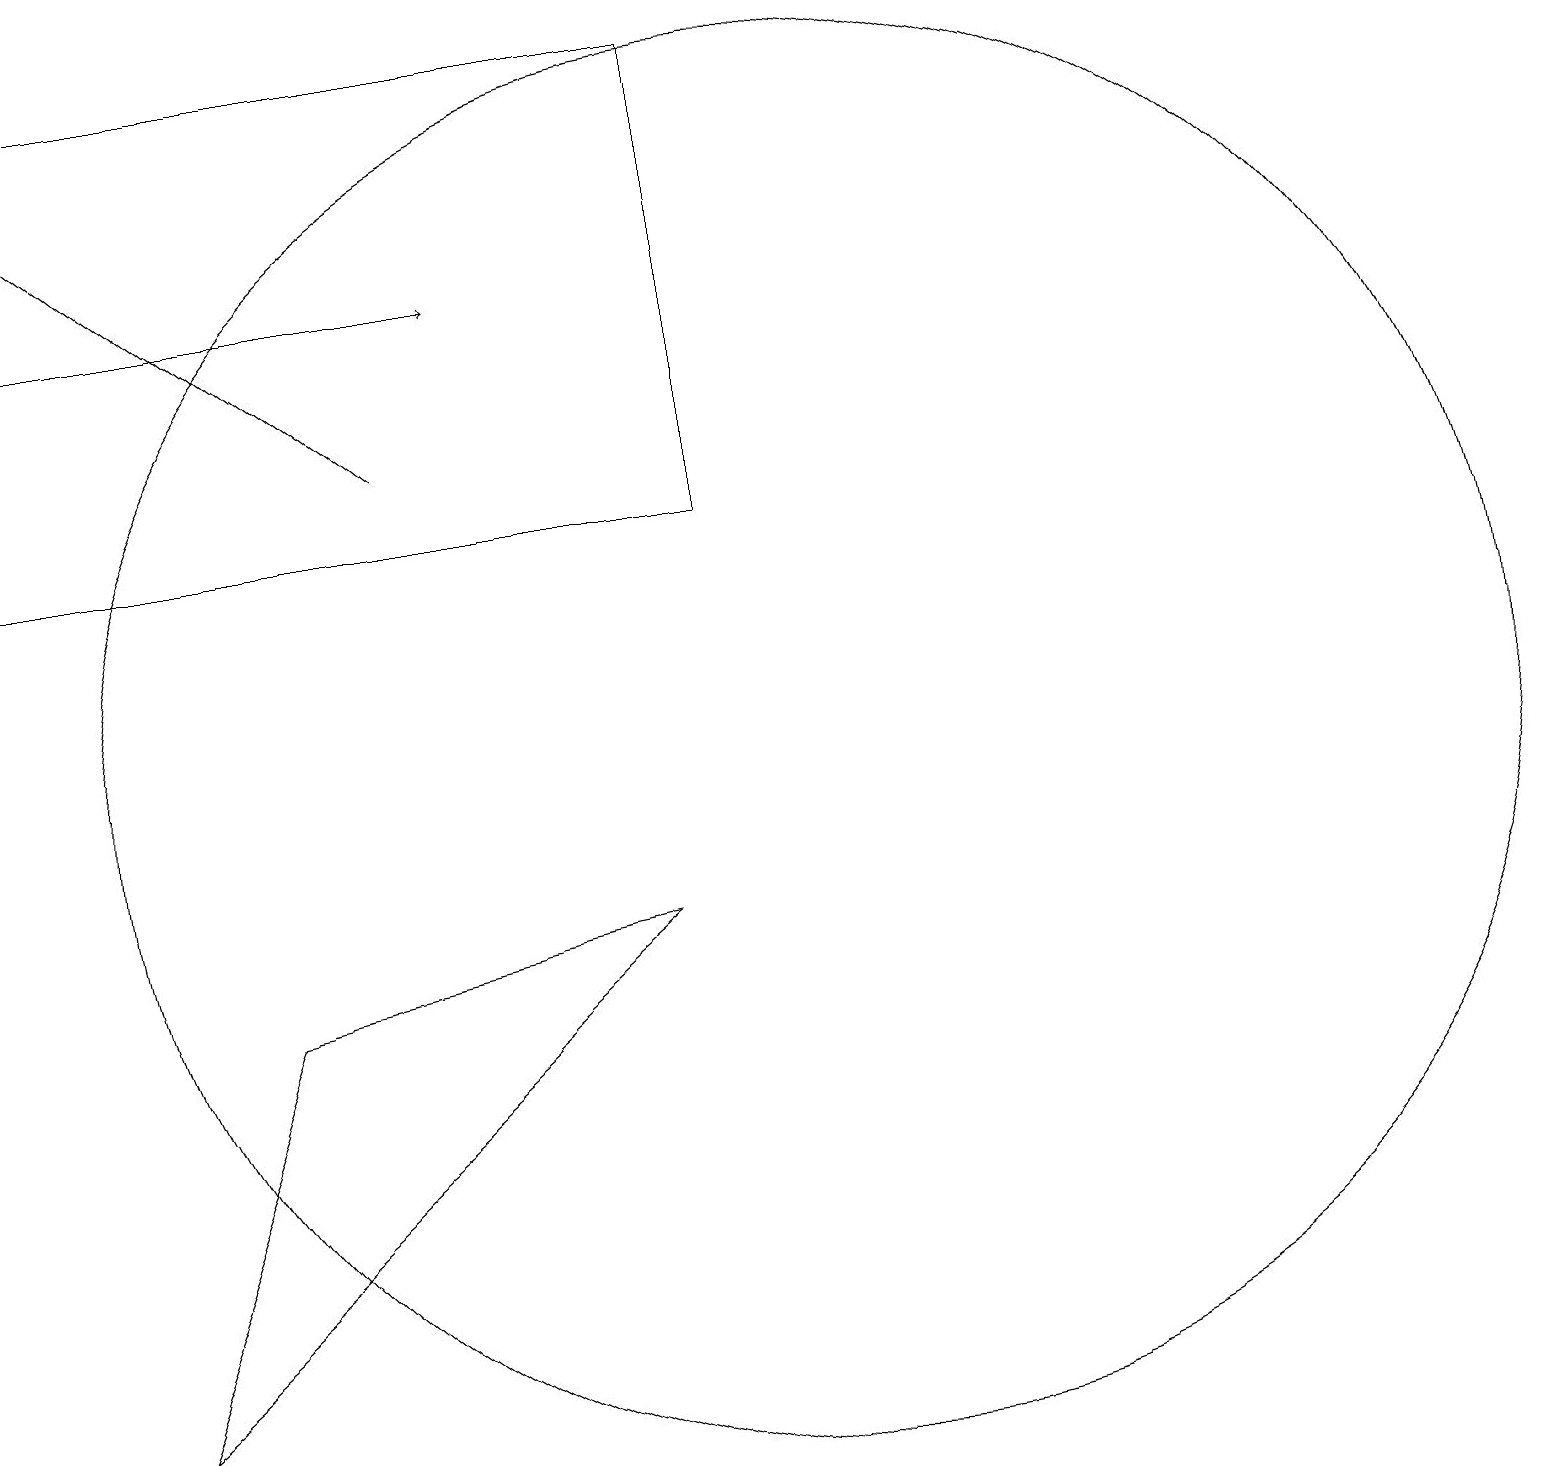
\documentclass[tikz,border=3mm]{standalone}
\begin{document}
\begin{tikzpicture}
\draw (0,13) rectangle (9,19);
\draw (3,7) -- (1,2) -- (8,8) -- cycle;
\draw[->] (5,14) -- (0,18);
\draw[->] (0,16) -- (6,16);
\draw (10,10) circle (9);
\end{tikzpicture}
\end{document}